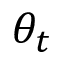
\theta _ { t }